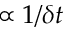
\propto 1 / \delta t